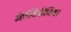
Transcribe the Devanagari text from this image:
ऑस्टिपीनिया